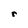
Character: r